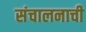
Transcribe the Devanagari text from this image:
संचालनाची